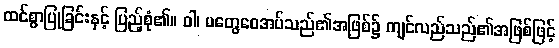
ထင်စွာပြုခြင်းနှင့် ပြည့်စုံ၏။ ဝါ၊ မတွေဝေအပ်သည်၏အဖြစ်၌ ကျင်လည်သည်၏အဖြစ်ဖြင့်